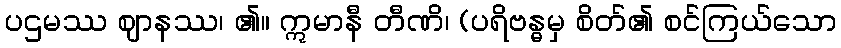
ပဌမဿ ဈာနဿ၊ ၏။ ဣမာနီ တီဏိ၊ (ပရိဗန္ဓမှ စိတ်၏ စင်ကြယ်သော